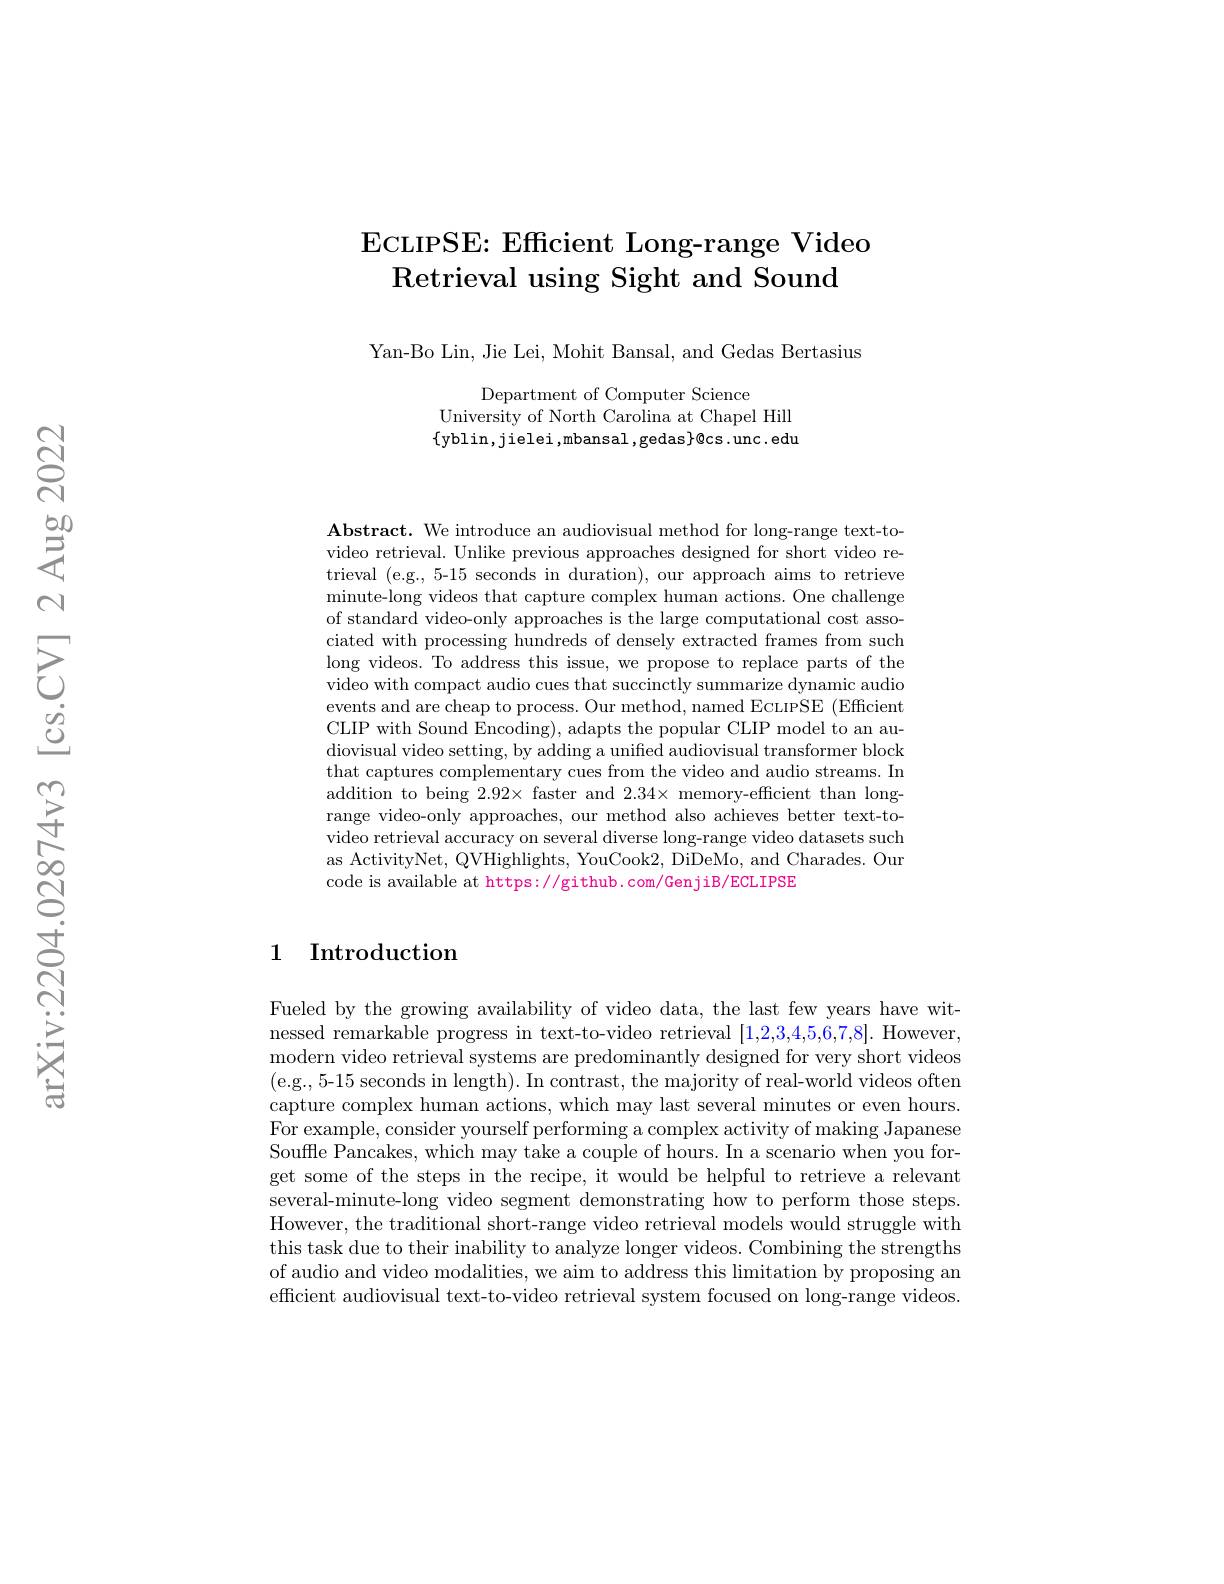
# ECLIPSE: Effcient Long-range Video Retrieval using Sight and Sound

Yan-Bo Lin, Jie Lei, Mohit Bansal, and Gedas Bertasius

Department of Computer Science
University of North Carolina at Chapel Hill $\{$yblin,jielei,mbansal,gedas$\}\emptyset$cs.unc.edu

Abstract. We introduce an audiovisual method for long-range text-tovideo retrieval. Unlike previous approaches designed for short video retrieval (e.g., 5-15 seconds in duration), our approach aims to retrieve minute-long videos that capture complex human actions. One challenge of standard video-only approaches is the large computational cost associated with processing hundreds of densely extracted frames from such long videos. To address this issue, we propose to replace parts of the video with compact audio cues that succinctly summarize dynamic audio events and are cheap to process. Our method, named EcurSE (Efficient) CLIP with Sound Encoding), adapts the popular CLIP model to an audiovisual video setting, by adding a unified audiovisual transformer block that captures complementary cues from the video and audio streams. In addition to being 2.92× faster and $2.34×$ memory-efficient than longrange video-only approaches, our method also achieves better text-tovideo retrieval accuracy on several diverse long-range video datasets such as ActivityNet, QVHighlights, YouCook2, DiDeMo, and Charades. Our code is available at https://github.com/GenjiB/ECLIPSE

## 1 Introduction

Fueled by the growing availability of video data, the last few years have witnessed remarkable progress in text-to-video retrieval [1,2,3,4,5,6,7,8]. However, modern video retrieval systems are predominantly designed for very short videos (e.g.,5-15 seconds in length). In contrast, the majority of real-world videos often capture complex human actions, which may last several minutes or even hours. For example, consider yourself performing a complex activity of making Japanese Souffle Pancakes, which may take a couple of hours. In a scenario when you forget some of the steps in the recipe, it would be helpful to retrieve a relevant several-minute-long video segment demonstrating how to perform those steps. However, the traditional short-range video retrieval models would struggle with this task due to their inability to analyze longer videos. Combining the strengths of audio and video modalities, we aim to address this limitation by proposing an efficient audiovisual text-to-video retrieval system focused on long-range videos.